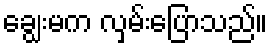
ချွေးမက လှမ်းပြောသည်။